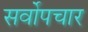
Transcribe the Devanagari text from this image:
सर्वोपचार